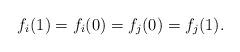
LaTeX: \begin{align*}f_i(1)=f_i(0)=f_j(0)=f_j(1).\end{align*}